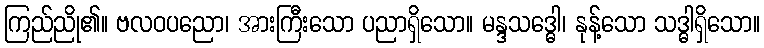
ကြည်ညို၏။ ဗလဝပညော၊ အားကြီးသော ပညာရှိသော။ မန္ဒသဒ္ဓေါ၊ နုန့်သော သဒ္ဓါရှိသော။